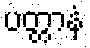
ပတ္တာနံ